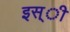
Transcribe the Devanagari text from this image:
इस्ी